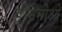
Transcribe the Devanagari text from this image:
डीमैगीओ